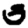
Digit: 3